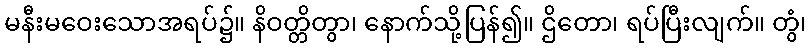
မနီးမဝေးသောအရပ်၌။ နိဝတ္တိတွာ၊ နောက်သို့ပြန်၍။ ဌိတော၊ ရပ်ပြီးလျက်။ တွံ၊